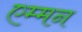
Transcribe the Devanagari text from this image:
एम्मन